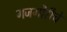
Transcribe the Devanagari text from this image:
गजगौरीचे